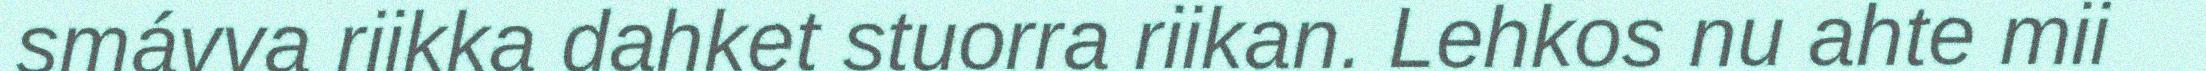
smávva riikka dahket stuorra riikan. Lehkos nu ahte mii